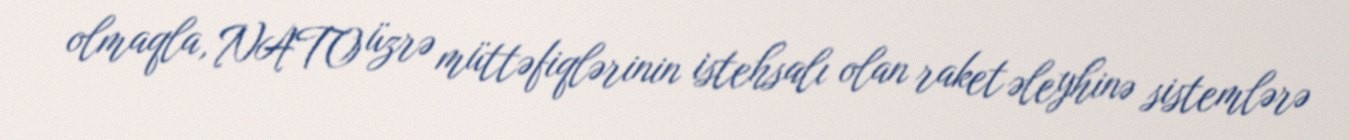
olmaqla, NATO üzrə müttəfiqlərinin istehsalı olan raket əleyhinə sistemlərə